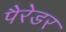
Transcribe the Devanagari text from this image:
पैरेडर